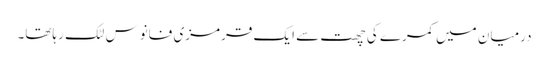
درمیان میں کمرے کی چھت سے ایک قرمزی فانوس لٹک رہاتھا۔